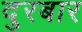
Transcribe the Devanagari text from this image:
दुरबार